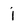
Character: j